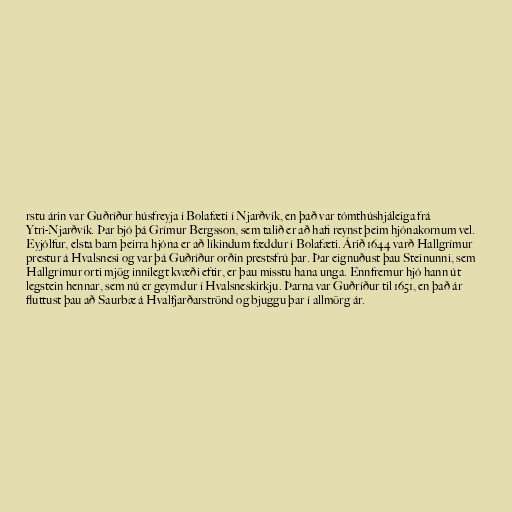
rstu árin var Guðríður húsfreyja í Bolafæti í Njarðvík, en það var tómthúshjáleiga frá
Ytri-Njarðvík. Þar bjó þá Grímur Bergsson, sem talið er að hafi reynst þeim hjónakornum vel.
Eyjólfur, elsta barn þeirra hjóna er að líkindum fæddur í Bolafæti. Árið 1644 varð Hallgrímur
prestur á Hvalsnesi og var þá Guðríður orðin prestsfrú þar. Þar eignuðust þau Steinunni, sem
Hallgrímur orti mjög innilegt kvæði eftir, er þau misstu hana unga. Ennfremur hjó hann út
legstein hennar, sem nú er geymdur í Hvalsneskirkju. Þarna var Guðríður til 1651, en það ár
fluttust þau að Saurbæ á Hvalfjarðarströnd og bjuggu þar í allmörg ár.